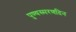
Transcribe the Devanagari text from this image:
पुण्यस्मरणदिन